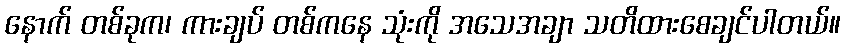
နောက် တစ်ခုက၊ ကားချပ် တစ်ကနေ သုံးကို အသေအချာ သတိထားစေချင်ပါတယ်။